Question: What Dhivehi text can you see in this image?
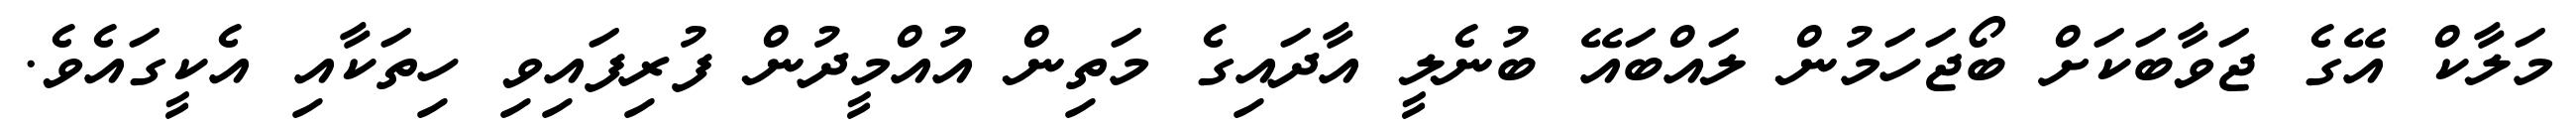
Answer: މަލާކް އޭގެ ޖަވާބަކަށް ބޯޖަހަމުން ލައްބައޭ ބުނެލީ އާދައިގެ މަތިން އުއްމީދުން ފުރިފައިވި ހިތަކާއި އެކީގައެވެ.